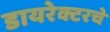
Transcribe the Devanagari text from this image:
डायरेक्टरचे